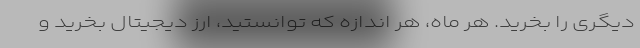
دیگری را بخرید. هر ماه، هر اندازه که توانستید، ارز دیجیتال بخرید و